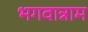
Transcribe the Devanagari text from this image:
भगवान्नाम